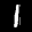
Label: 1